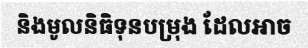
និងមូលនិធិទុនបម្រុង ដែលអាច